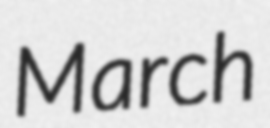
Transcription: March